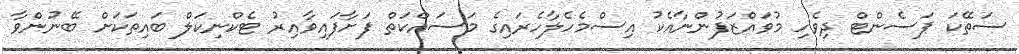
ސަތޭކަ ޕަސެންޓް ދިވެހި މުވައްޒަފުންނާއެކު އިސްމެހެލާހެރައިގެ މަސައްކަތް ފަށާފައިވާއިރު ޓެކްނިކަލް ބައިތަކަށް ބޭނުންވާ